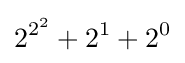
2^{2^{2}}+2^{1}+2^{0}